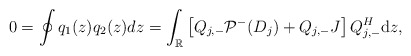
\begin{align*}0=\oint q_1(z) q_2(z) dz=\int_{\mathbb{R}}\left[Q_{j,-}\mathcal{P}^-(D_j)+Q_{j,-}J\right] Q_{j,-}^H \mathrm{d}z,\end{align*}